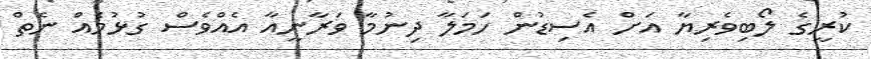
ކުރީގެ ލޯބިވެރިޔާ އަށް އެސިޑުން ހަމަލާ ދިނުމާ ވަރާނީއާ އެއްވެސް ގުޅުމެއް ނެތް